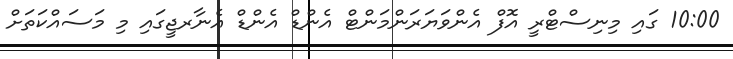
10:00 ގައި މިނިސްޓްރީ އޮފް އެންވަޔަރަންމަންޓް އެންޑް އެންޑް އެނާރޖީގައި މި މަސައްކަތަށް